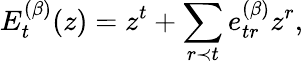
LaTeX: E_{t}^{(\beta)}(z)=z^{t}+\sum_{r\prec t}e_{tr}^{(\beta)}z^{r},